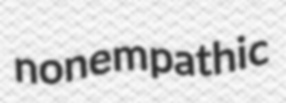
nonempathic